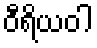
ဝီရိယဝါ